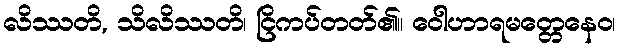
လိဿတိ, သိလိဿတိ၊ ငြိကပ်တတ်၏။ ဝေါဟာရမတ္တေနေဝ၊